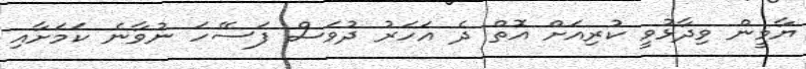
ޔާމީން ވިދާޅުވީ ކުރިއަށް އޮތް ދެ އަހަރު ދުވަސް ފަސޭހަ ނުވާނެ ކަމަށާއި